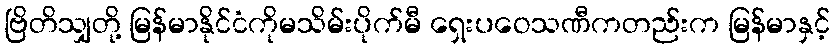
ဗြိတိသျှတို့ မြန်မာနိုင်ငံကိုမသိမ်းပိုက်မီ ရှေးပဝေသဏီကတည်းက မြန်မာနှင့်